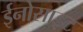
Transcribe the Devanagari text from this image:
ईनोसाइट